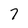
Character: 7